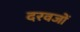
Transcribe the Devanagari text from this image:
दरवजों